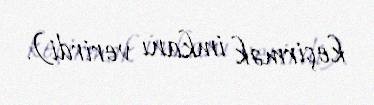
keçirmək imkanı verirdi).